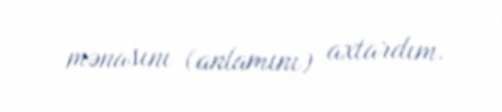
mənasını (anlamını) axtardım.